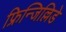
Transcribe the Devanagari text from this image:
फ्रिन्जिल्लिडे